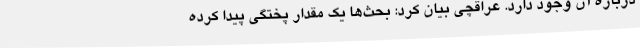
درباره آن وجود دارد. عراقچی بیان کرد: بحث‌ها یک مقدار پختگی پیدا کرده